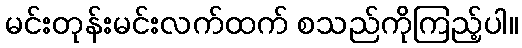
မင်းတုန်းမင်းလက်ထက် စသည်ကိုကြည့်ပါ။